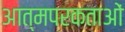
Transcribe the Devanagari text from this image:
आत्मपरकताओं